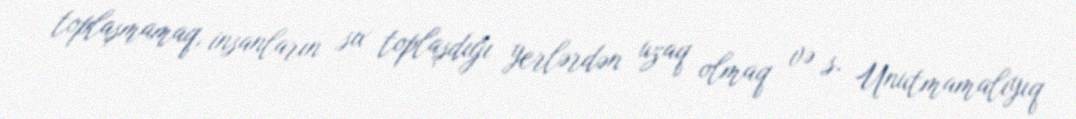
toplaşmamaq, insanların sıx toplaşdığı yerlərdən uzaq olmaq və s. Unutmamalıyıq